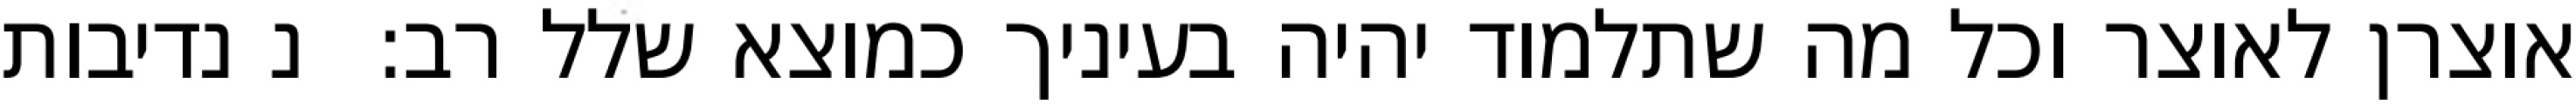
אוצרן לאוצר וכל מה שתלמוד יהיה בעיניך כמוצא שלל רב:  נ נדיבות